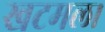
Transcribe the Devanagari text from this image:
खटमल।